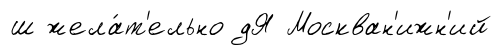
ш жела́т'ельно дЯ Москван'ижн'ий